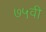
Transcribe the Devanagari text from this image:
७५वी